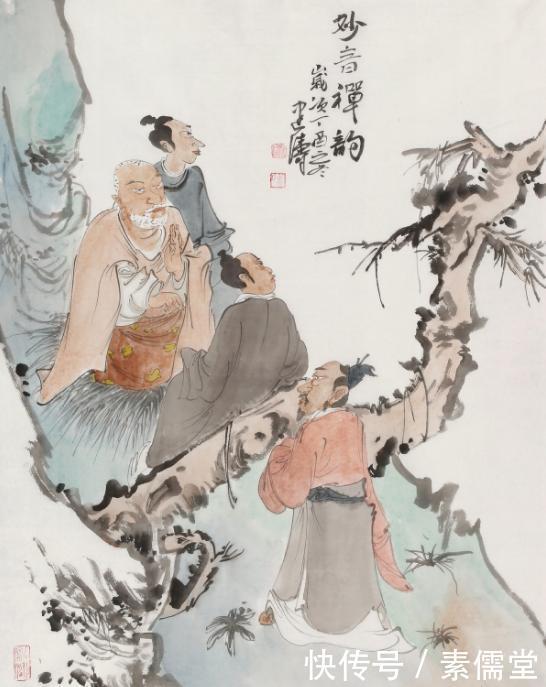
礼者所以正身也，师者所以正礼也。